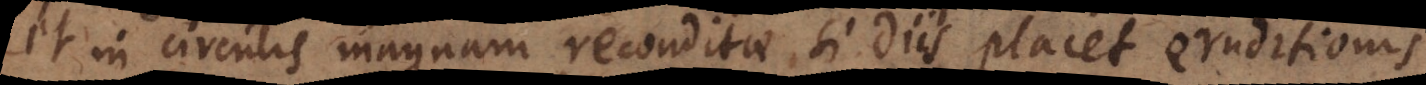
et in circulis magnam reconditae si Diis placet eruditionis